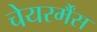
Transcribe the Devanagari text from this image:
चेयरर्मैंस